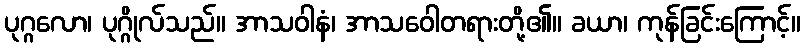
ပုဂ္ဂလော၊ ပုဂ္ဂိုလ်သည်။ အာသဝါနံ၊ အာသဝေါတရားတို့၏။ ခယာ၊ ကုန်ခြင်းကြောင့်။